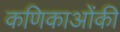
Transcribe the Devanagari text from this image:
कणिकाओंकी